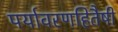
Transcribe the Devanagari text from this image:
पर्यावरणहितैषी